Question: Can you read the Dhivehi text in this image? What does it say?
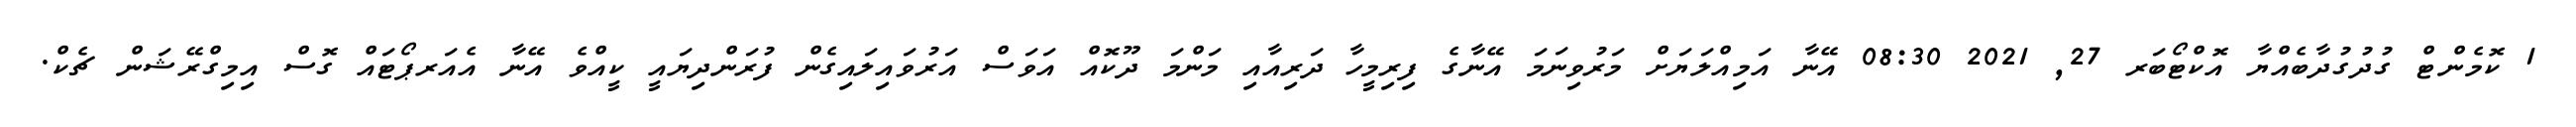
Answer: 1 ކޮމެންޓް ގުދުގުދާބެއްޔާ އޮކްޓޯބަރ 27, 2021 08:30 އޭނާ އަމިއްލަޔަށް މަރުވިނަމަ އޭނާގެ ފިރިމީހާ ދަރިއާއި މަންމަ ދޫކޮއް އަވަސް އަރުވައިލައިގެން ފުރަންދިޔައީ ކީއްވެ އޭނާ އެއަރޕޯޓައް ގޮސް އިމިގްރޭޝަން ޗެކް.